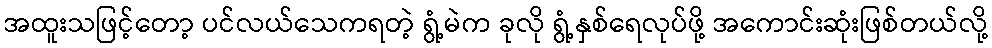
အထူးသဖြင့်တော့ ပင်လယ်သေကရတဲ့ ရွံ့မဲက ခုလို ရွံ့နှစ်ရေလုပ်ဖို့ အကောင်းဆုံးဖြစ်တယ်လို့